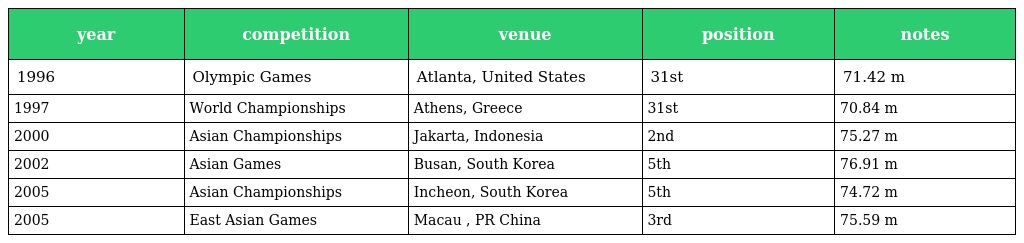
| year | competition | venue | position | notes |
 | --- | --- | --- | --- | --- |
 | 1996 | Olympic Games | Atlanta, United States | 31st | 71.42 m |
 | 1997 | World Championships | Athens, Greece | 31st | 70.84 m |
 | 2000 | Asian Championships | Jakarta, Indonesia | 2nd | 75.27 m |
 | 2002 | Asian Games | Busan, South Korea | 5th | 76.91 m |
 | 2005 | Asian Championships | Incheon, South Korea | 5th | 74.72 m |
 | 2005 | East Asian Games | Macau , PR China | 3rd | 75.59 m |